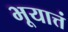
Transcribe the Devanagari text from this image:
भूयात्तं